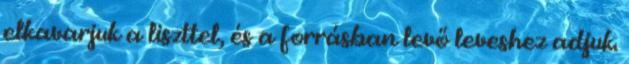
elkavarjuk a liszttel, és a forrásban levő leveshez adjuk.